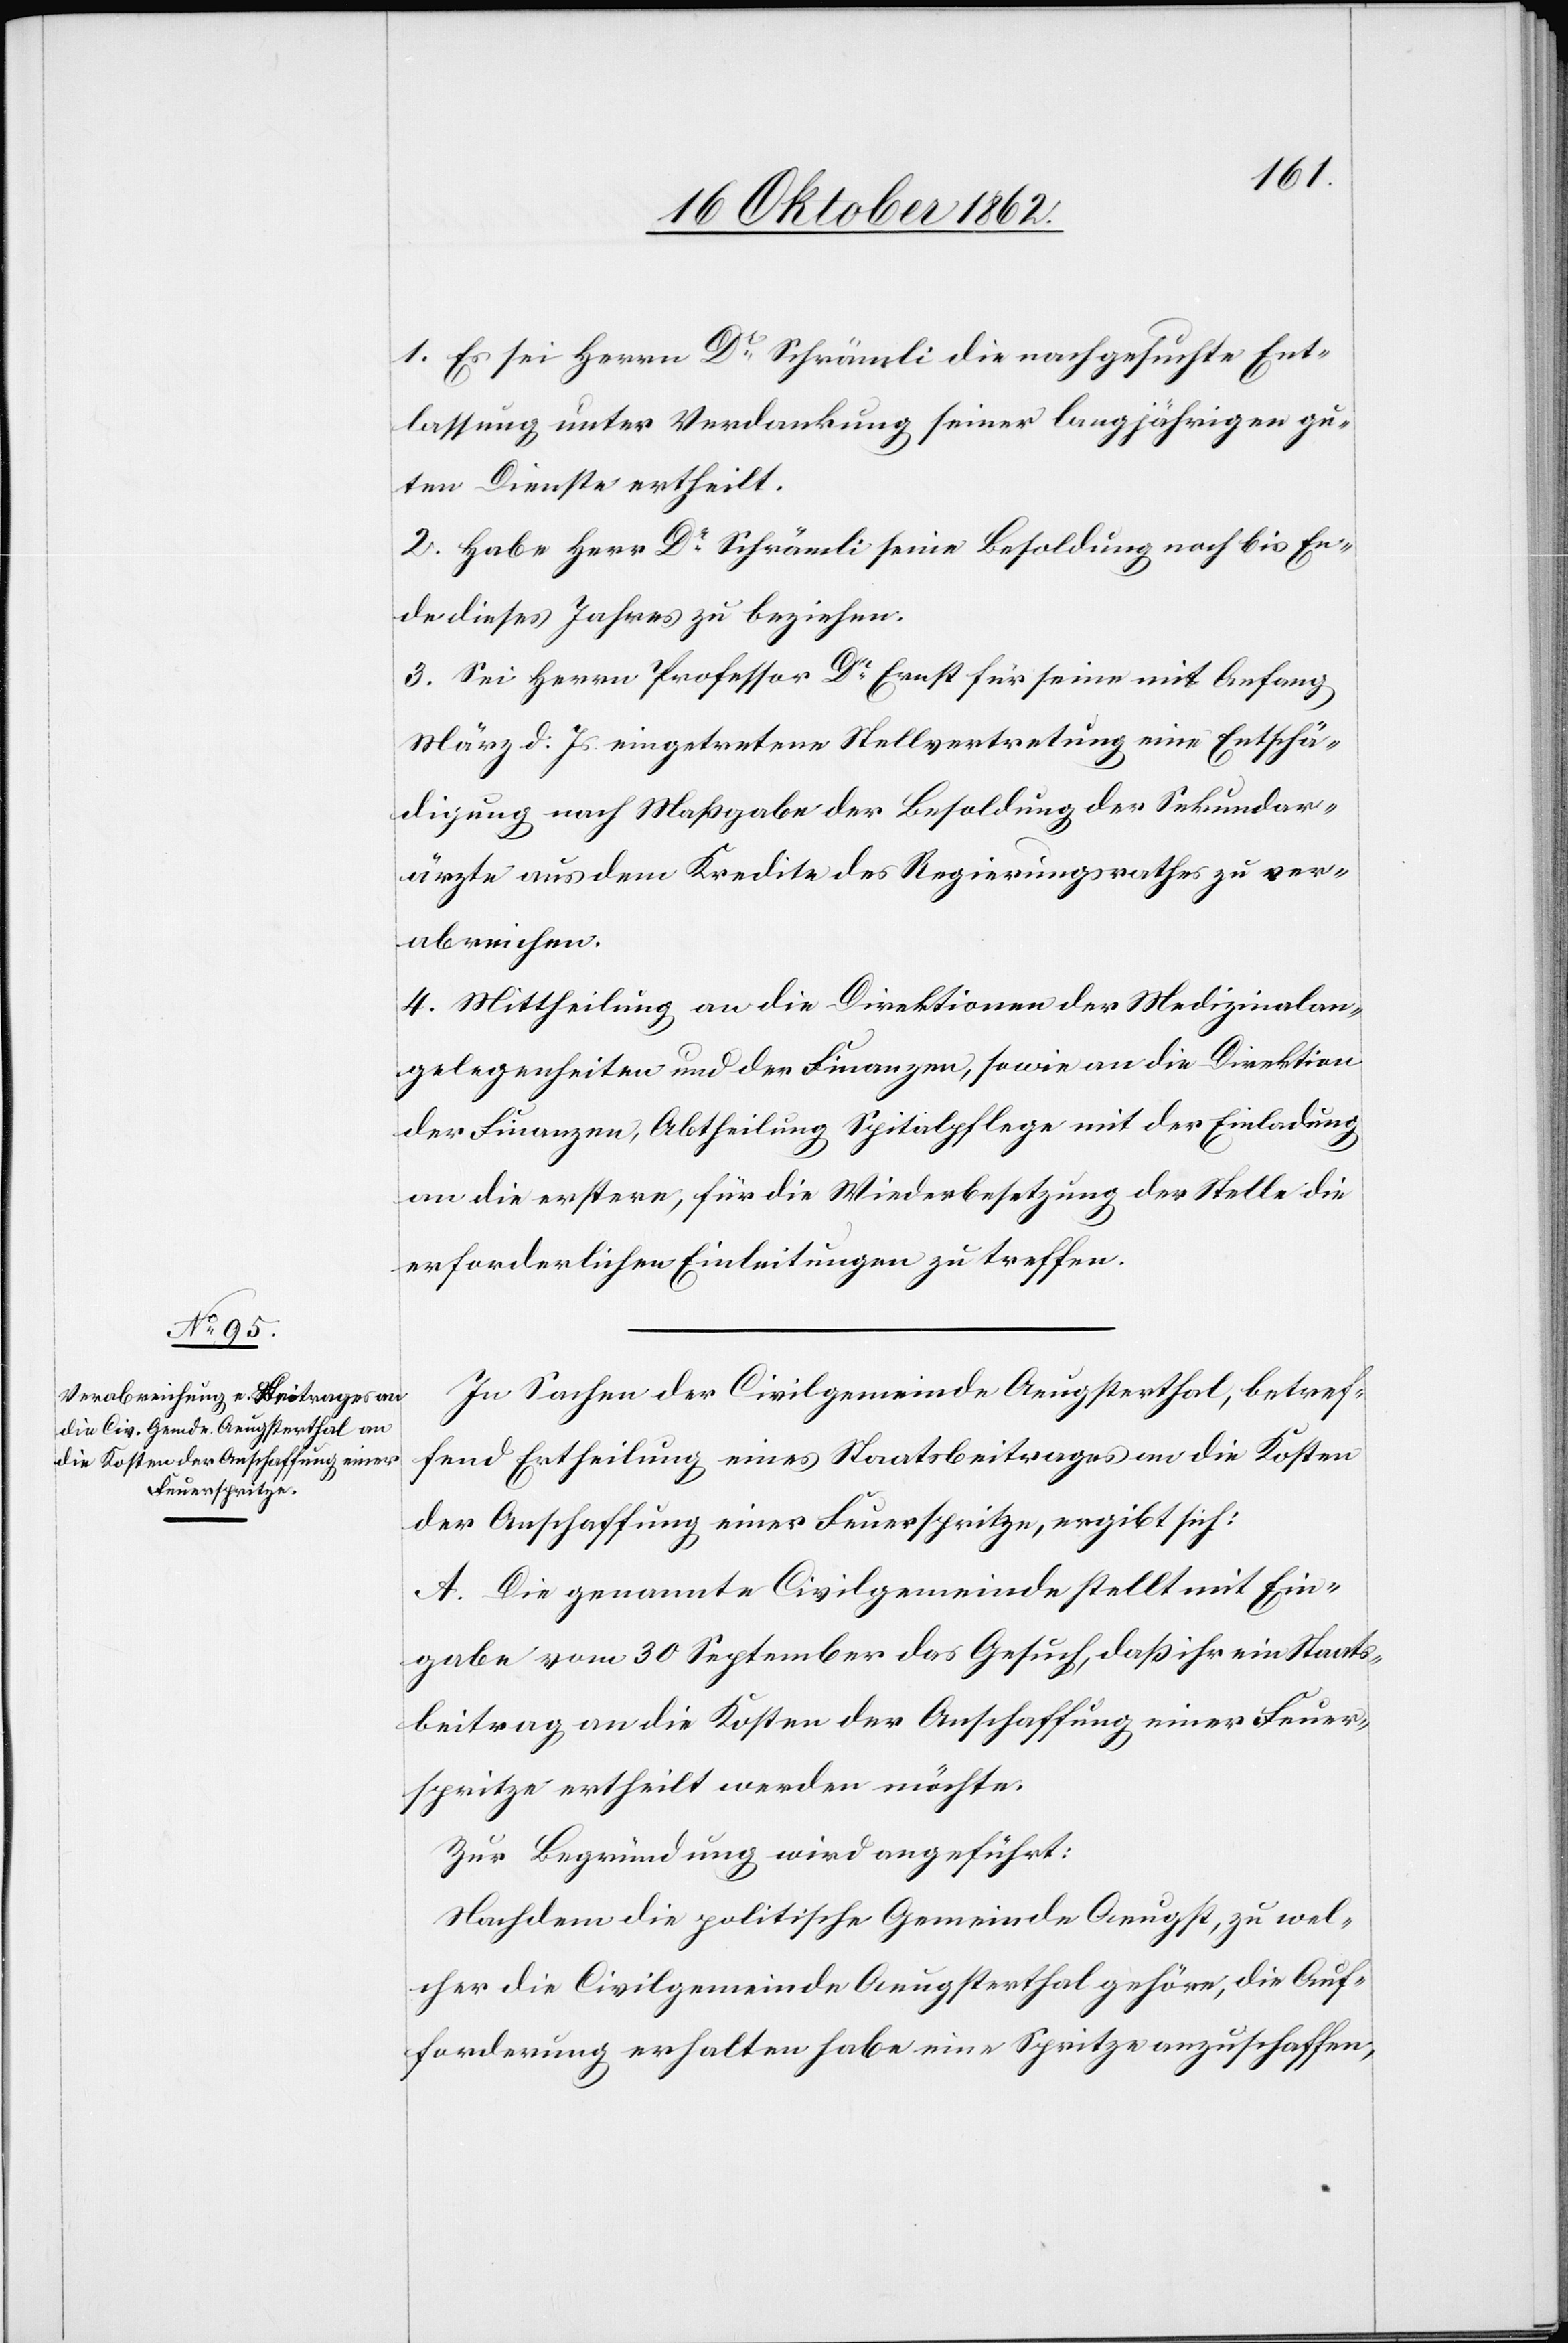
1. Es sei Herrn Dr. Schrämli die nachgesuchte Ent¬
lassung unter Verdankung seiner langjährigen gu¬
ten Dienste ertheilt.
2. Habe Herr Dr. Schrämli seine Besoldung noch bis En¬
de dieses Jahres zu beziehen.
3. Sei Herrn Professor Dr. Ernst für seine mit Anfang
März d. Js. eingetretene Stellvertretung eine Entschä¬
digung nach Maßgabe der Besoldung der Sekundar¬
ärzte aus dem Kredite des Regierungsrathes zu ver¬
abreichen.
4. Mittheilung an die Direktionen der Medizinalan¬
gelegenheiten und der Finanzen, sowie an die Direktion
der Finanzen, Abtheilung Spitalpflege mit der Einladung
an die erstere, für die Wiederbesetzung der Stelle die
erforderlichen Einleitungen zu treffen.
In Sachen der Civilgemeinde Aeugsterthal, betref¬
fend Ertheilung eines Staatsbeitrages an die Kosten
der Anschaffung einer Feuerspritze, ergibt sich:
A. Die genannte Civilgemeinde stellt mit Ein¬
gabe vom 30. September das Gesuch, daß ihr ein Staats¬
beitrag an die Kosten der Anschaffung einer Feuer¬
spritze ertheilt werden möchte.
Zur Begründung wird angeführt:
Nachdem die politische Gemeinde Aeugst, zu wel¬
cher die Civilgemeinde Aeugsterthal gehöre, die Auf¬
forderung erhalten habe eine Spritze anzuschaffen,